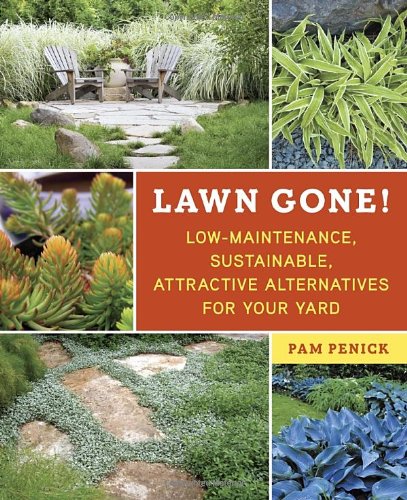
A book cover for Lawn Gone!: Low-Maintenance, Sustainable, Attractive Alternatives for Your Yard; Pam Penick; Crafts, Hobbies & Home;